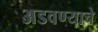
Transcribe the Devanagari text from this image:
अडवण्याचे